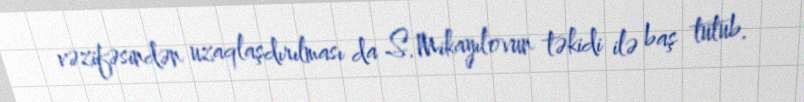
vəzifəsindən uzaqlaşdırılması da S.Mikayılovun təkidi ilə baş tutub.